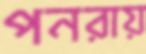
পনরায়